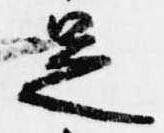
足